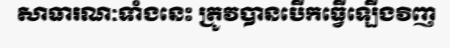
សាធារណៈទាំងនេះ ត្រូវបានបើកធ្វើឡើងវិញ